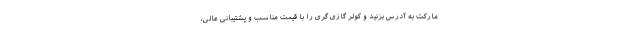
مارکت به آدرس بزنید و کولر گازی گری را با قیمت مناسب و پشتیبانی عالی،